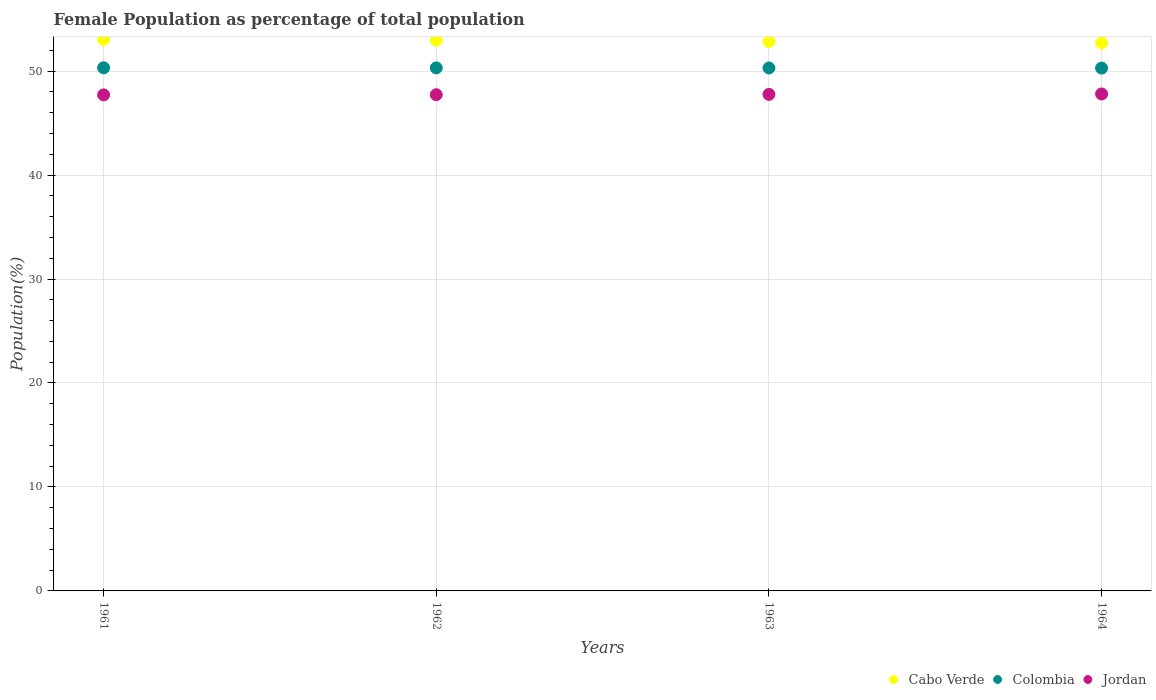
| Years | Cabo Verde | Colombia | Jordan |
 | --- | --- | --- | --- |
 | 1961 | 53.1 | 50.3 | 47.7 |
 | 1962 | 53 | 50.3 | 47.7 |
 | 1963 | 52.9 | 50.3 | 47.8 |
 | 1964 | 52.7 | 50.3 | 47.8 |